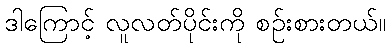
ဒါကြောင့် လူလတ်ပိုင်းကို စဉ်းစားတယ်။